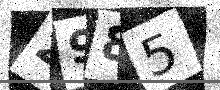
Text: 2985